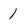
Character: l